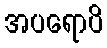
အပရောပိ